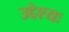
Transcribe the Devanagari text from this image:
उद्देश्यः